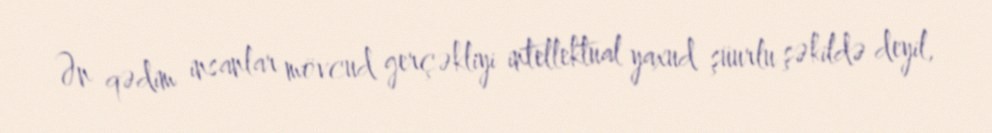
Ən qədim insanlar mövcud gerçəkliyi intellektual yaxud şüurlu şəkildə deyil,